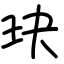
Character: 玦